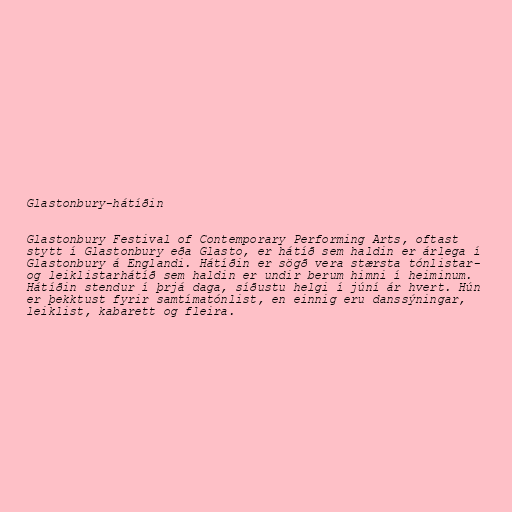
Glastonbury-hátíðin

Glastonbury Festival of Contemporary Performing Arts, oftast
stytt í Glastonbury eða Glasto, er hátíð sem haldin er árlega í
Glastonbury á Englandi. Hátíðin er sögð vera stærsta tónlistar-
og leiklistarhátíð sem haldin er undir berum himni í heiminum.
Hátíðin stendur í þrjá daga, síðustu helgi í júní ár hvert. Hún
er þekktust fyrir samtímatónlist, en einnig eru danssýningar,
leiklist, kabarett og fleira.